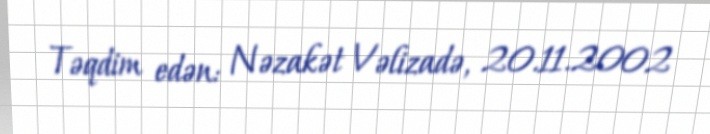
Təqdim edən: Nəzakət Vəlizadə, 20.11.2002